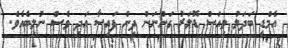
އެމްޑީ ބަދަލު ވިއަސް ޑޮލަރު ގަންނަން ދިން ފައިސާ އަދި ވެސް ނުލިބެއެވެ.